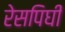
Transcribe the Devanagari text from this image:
रेसपिघी